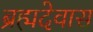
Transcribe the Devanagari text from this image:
ब्रह्मदेवास